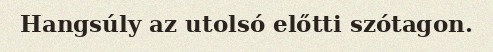
Hangsúly az utolsó előtti szótagon.